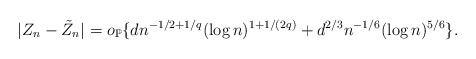
\begin{align*}|Z_{n} - \tilde{Z}_{n}| = o_{\mathbb{P}}\{ d n^{-1/2+1/q} (\log n)^{1+1/(2q)} + d^{2/3} n^{-1/6} (\log n)^{5/6}\}.\end{align*}